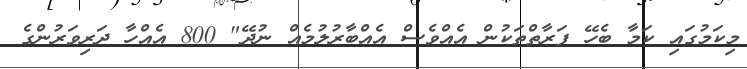
މިކަމުގައި ކަމާ ބެހޭ ފަރާތްތަކުން އެއްވެސް އެއްބާރުލުމެއް ނުދޭ" 800 އެއްހާ ދަރިވަރުންގެ